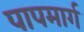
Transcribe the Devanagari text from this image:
पापमार्ग